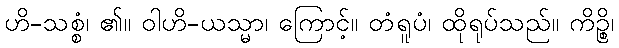
ဟိ-သစ္စံ၊ ၏။ ဝါဟိ-ယသ္မာ၊ ကြောင့်။ တံရူပံ၊ ထိုရုပ်သည်။ ကိဉ္စိ၊